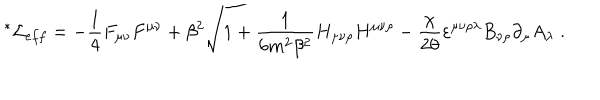
LaTeX: { \mathrm { } ^ { * } \mathcal { L } } _ { e f f } = - \frac { 1 } { 4 } F _ { \mu \nu } F ^ { \mu \nu } + \beta ^ { 2 } \sqrt { 1 + \frac { 1 } { 6 m ^ { 2 } \beta ^ { 2 } } H _ { \mu \nu \rho } H ^ { \mu \nu \rho } } - \frac { \chi } { 2 \theta } \varepsilon ^ { \mu \nu \rho \lambda } B _ { \nu \rho } \partial _ { \mu } A _ { \lambda } \; .